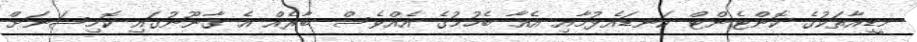
މީޑިއާތަކުގެ ކޮންޓެންޓް ކަނޑައެޅުމާއި އެއާ ބެހުމުގެ އެއްވެސް ބާރެއް އެ ގާނޫނުގައި ކޮމިޝަނަށް